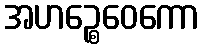
အဟဉ္စေဝေကော